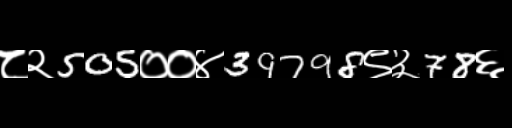
Text: ८२505००४39798९३78६